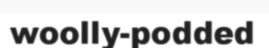
woolly-podded